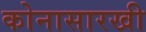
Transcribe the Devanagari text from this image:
कोनासारखी